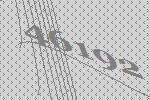
46192